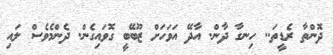
ދޮންތާ ރެޑީތަ.. ހިނގާ ދާން. އާދޭ އަވަހަށް ޒޫބޭބީ ގޮވައިގެން. ދެންމެވެސް ލައި